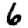
Digit: 6